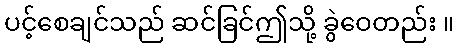
ပင့်စေချင်သည် ဆင်ခြင်ဤသို့ ခွဲဝေတည်း ။